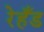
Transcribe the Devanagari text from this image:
रेहँड